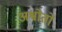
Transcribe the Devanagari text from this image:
अश्वोतों